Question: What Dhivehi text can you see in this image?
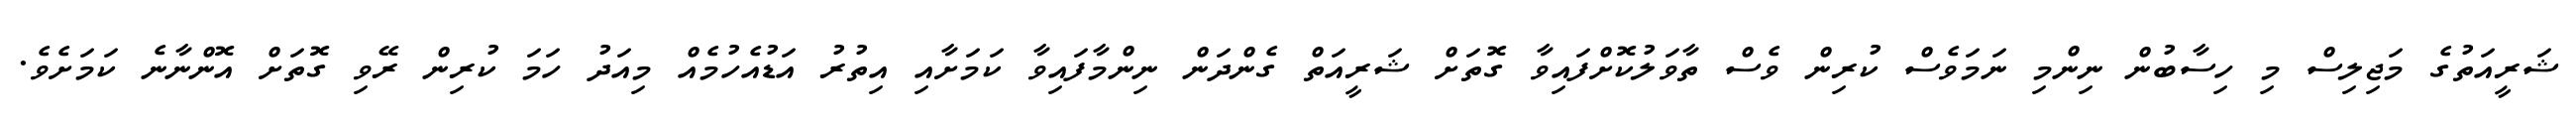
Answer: ޝަރީއަތުގެ މަޖިލިސް މި ހިސާބުން ނިންމި ނަމަވެސް ކުރިން ވެސް ތާވަލުކޮށްފައިވާ ގޮތަށް ޝަރީއަތް ގެންދަން ނިންމާފައިވާ ކަމަށާއި އިތުރު އަޑުއެހުމެއް މިއަދު ހަމަ ކުރިން ރޭވި ގޮތަށް އޮންނާނެ ކަމަށެވެ.